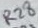
Text: R28